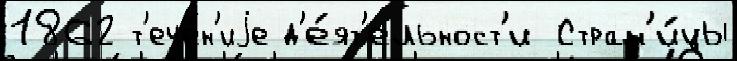
1862 т'ече́н'иjе д'е́ят'ельност'и Стран'и́цы